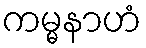
ကမ္မနာဟံ